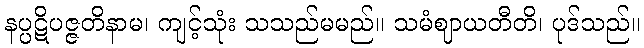
နပ္ပဋိပဇ္ဇတိနာမ၊ ကျင့်သုံး သသည်မမည်။ သမံဈာယတီတိ၊ ပုဒ်သည်။